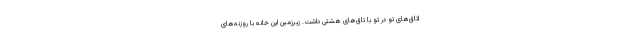
اتاق‌های تو در تو با تاق‌های هشتی داشت. زیرزمین این خانه با روزنه‌های